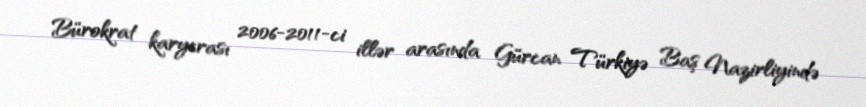
Bürokrat karyerası 2006-2011-ci illər arasında Gürcan Türkiyə Baş Nazirliyində